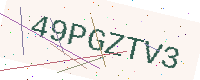
Text: 49PGZTV3